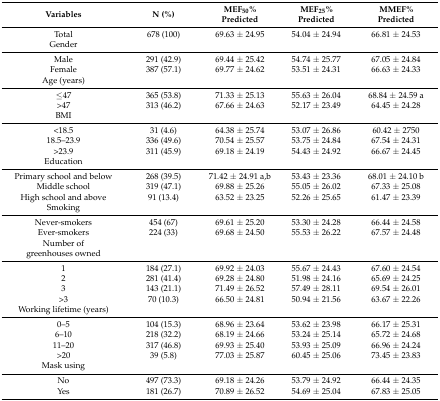
<table><thead><tr><td><b>Variables</b></td><td><b>N (%)</b></td><td><b>MEF<sub>50</sub>% Predicted</b></td><td><b>MEF<sub>25</sub>% Predicted</b></td><td><b>MMEF% Predicted</b></td></tr></thead><tbody><tr><td>Total</td><td>678 (100)</td><td>69.63 ± 24.95</td><td>54.04 ± 24.94</td><td>66.81 ± 24.53</td></tr><tr><td>Gender</td><td></td><td></td><td></td><td></td></tr><tr><td>Male</td><td>291 (42.9)</td><td>69.44 ± 25.42</td><td>54.74 ± 25.77</td><td>67.05 ± 24.84</td></tr><tr><td>Female</td><td>387 (57.1)</td><td>69.77 ± 24.62</td><td>53.51 ± 24.31</td><td>66.63 ± 24.33</td></tr><tr><td>Age (years)</td><td></td><td></td><td></td><td></td></tr><tr><td>≤47</td><td>365 (53.8)</td><td>71.33 ± 25.13</td><td>55.63 ± 26.04</td><td>68.84 ± 24.59 a</td></tr><tr><td>&gt;47</td><td>313 (46.2)</td><td>67.66 ± 24.63</td><td>52.17 ± 23.49</td><td>64.45 ± 24.28</td></tr><tr><td>BMI</td><td></td><td></td><td></td><td></td></tr><tr><td>&lt;18.5</td><td>31 (4.6)</td><td>64.38 ± 25.74</td><td>53.07 ± 26.86</td><td>60.42 ± 2750</td></tr><tr><td>18.5–23.9</td><td>336 (49.6)</td><td>70.54 ± 25.57</td><td>53.75 ± 24.84</td><td>67.54 ± 24.31</td></tr><tr><td>&gt;23.9</td><td>311 (45.9)</td><td>69.18 ± 24.19</td><td>54.43 ± 24.92</td><td>66.67 ± 24.45</td></tr><tr><td>Education</td><td></td><td></td><td></td><td></td></tr><tr><td>Primary school and below</td><td>268 (39.5)</td><td>71.42 ± 24.91 a,b</td><td>53.43 ± 23.36</td><td>68.01 ± 24.10 b</td></tr><tr><td>Middle school</td><td>319 (47.1)</td><td>69.88 ± 25.26</td><td>55.05 ± 26.02</td><td>67.33 ± 25.08</td></tr><tr><td>High school and above</td><td>91 (13.4)</td><td>63.52 ± 23.25</td><td>52.26 ± 25.65</td><td>61.47 ± 23.39</td></tr><tr><td>Smoking</td><td></td><td></td><td></td><td></td></tr><tr><td>Never-smokers</td><td>454 (67)</td><td>69.61 ± 25.20</td><td>53.30 ± 24.28</td><td>66.44 ± 24.58</td></tr><tr><td>Ever-smokers</td><td>224 (33)</td><td>69.68 ± 24.50</td><td>55.53 ± 26.22</td><td>67.57 ± 24.48</td></tr><tr><td>Number of greenhouses owned</td><td></td><td></td><td></td><td></td></tr><tr><td>1</td><td>184 (27.1)</td><td>69.92 ± 24.03</td><td>55.67 ± 24.43</td><td>67.60 ± 24.54</td></tr><tr><td>2</td><td>281 (41.4)</td><td>69.28 ± 24.80</td><td>51.98 ± 24.16</td><td>65.69 ± 24.25</td></tr><tr><td>3</td><td>143 (21.1)</td><td>71.49 ± 26.52</td><td>57.49 ± 28.11</td><td>69.54 ± 26.01</td></tr><tr><td>&gt;3</td><td>70 (10.3)</td><td>66.50 ± 24.81</td><td>50.94 ± 21.56</td><td>63.67 ± 22.26</td></tr><tr><td>Working lifetime (years)</td><td></td><td></td><td></td><td></td></tr><tr><td>0–5</td><td>104 (15.3)</td><td>68.96 ± 23.64</td><td>53.62 ± 23.98</td><td>66.17 ± 25.31</td></tr><tr><td>6–10</td><td>218 (32.2)</td><td>68.19 ± 24.66</td><td>53.24 ± 25.14</td><td>65.72 ± 24.68</td></tr><tr><td>11–20</td><td>317 (46.8)</td><td>69.93 ± 25.40</td><td>53.93 ± 25.09</td><td>66.96 ± 24.24</td></tr><tr><td>&gt;20</td><td>39 (5.8)</td><td>77.03 ± 25.87</td><td>60.45 ± 25.06</td><td>73.45 ± 23.83</td></tr><tr><td>Mask using</td><td></td><td></td><td></td><td></td></tr><tr><td>No</td><td>497 (73.3)</td><td>69.18 ± 24.26</td><td>53.79 ± 24.92</td><td>66.44 ± 24.35</td></tr><tr><td>Yes</td><td>181 (26.7)</td><td>70.89 ± 26.52</td><td>54.69 ± 25.04</td><td>67.83 ± 25.05</td></tr></tbody></table>